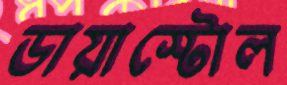
ডায়াস্টোল